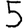
Digit: 5